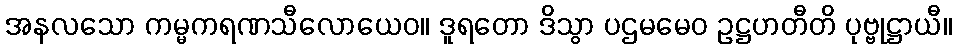
အနလသော ကမ္မကရဏသီလောယေဝ။ ဒူရတော ဒိသွာ ပဌမမေဝ ဥဋ္ဌဟတီတိ ပုဗ္ဗုဋ္ဌာယီ။